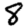
Digit: 8